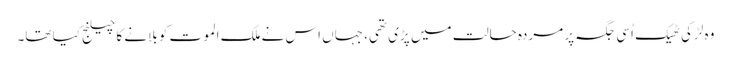
وہ لڑکی ٹھیک اُسی جگہ پر مردہ حالت میں پڑی تھی، جہاں اس نے ملک الموت کو بلانے کا چیلنج کیا تھا۔